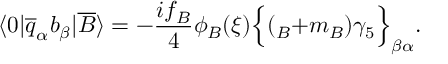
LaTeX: \langle 0 | \overline { { { q } } } _ { \alpha } b _ { \beta } | \overline { { { B } } } \rangle = - \frac { i f _ { B } } { 4 } \phi _ { B } ( \xi ) \Bigl \{ ( \not { p } _ { B } + m _ { B } ) \gamma _ { 5 } \Bigr \} _ { \beta \alpha } .